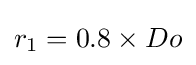
r_{1}=0.8\times Do